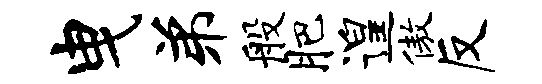
曳弟般肥遑傲反